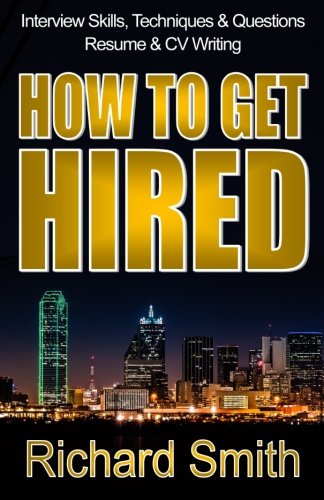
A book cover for Interview Skills, Techniques and Questions, Resume and CV Writing - HOW TO GET HIRED: The Step-by-Step System: Standing Out from the Crowd and Nailing the Job You Want; Richard Smith; Business & Money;